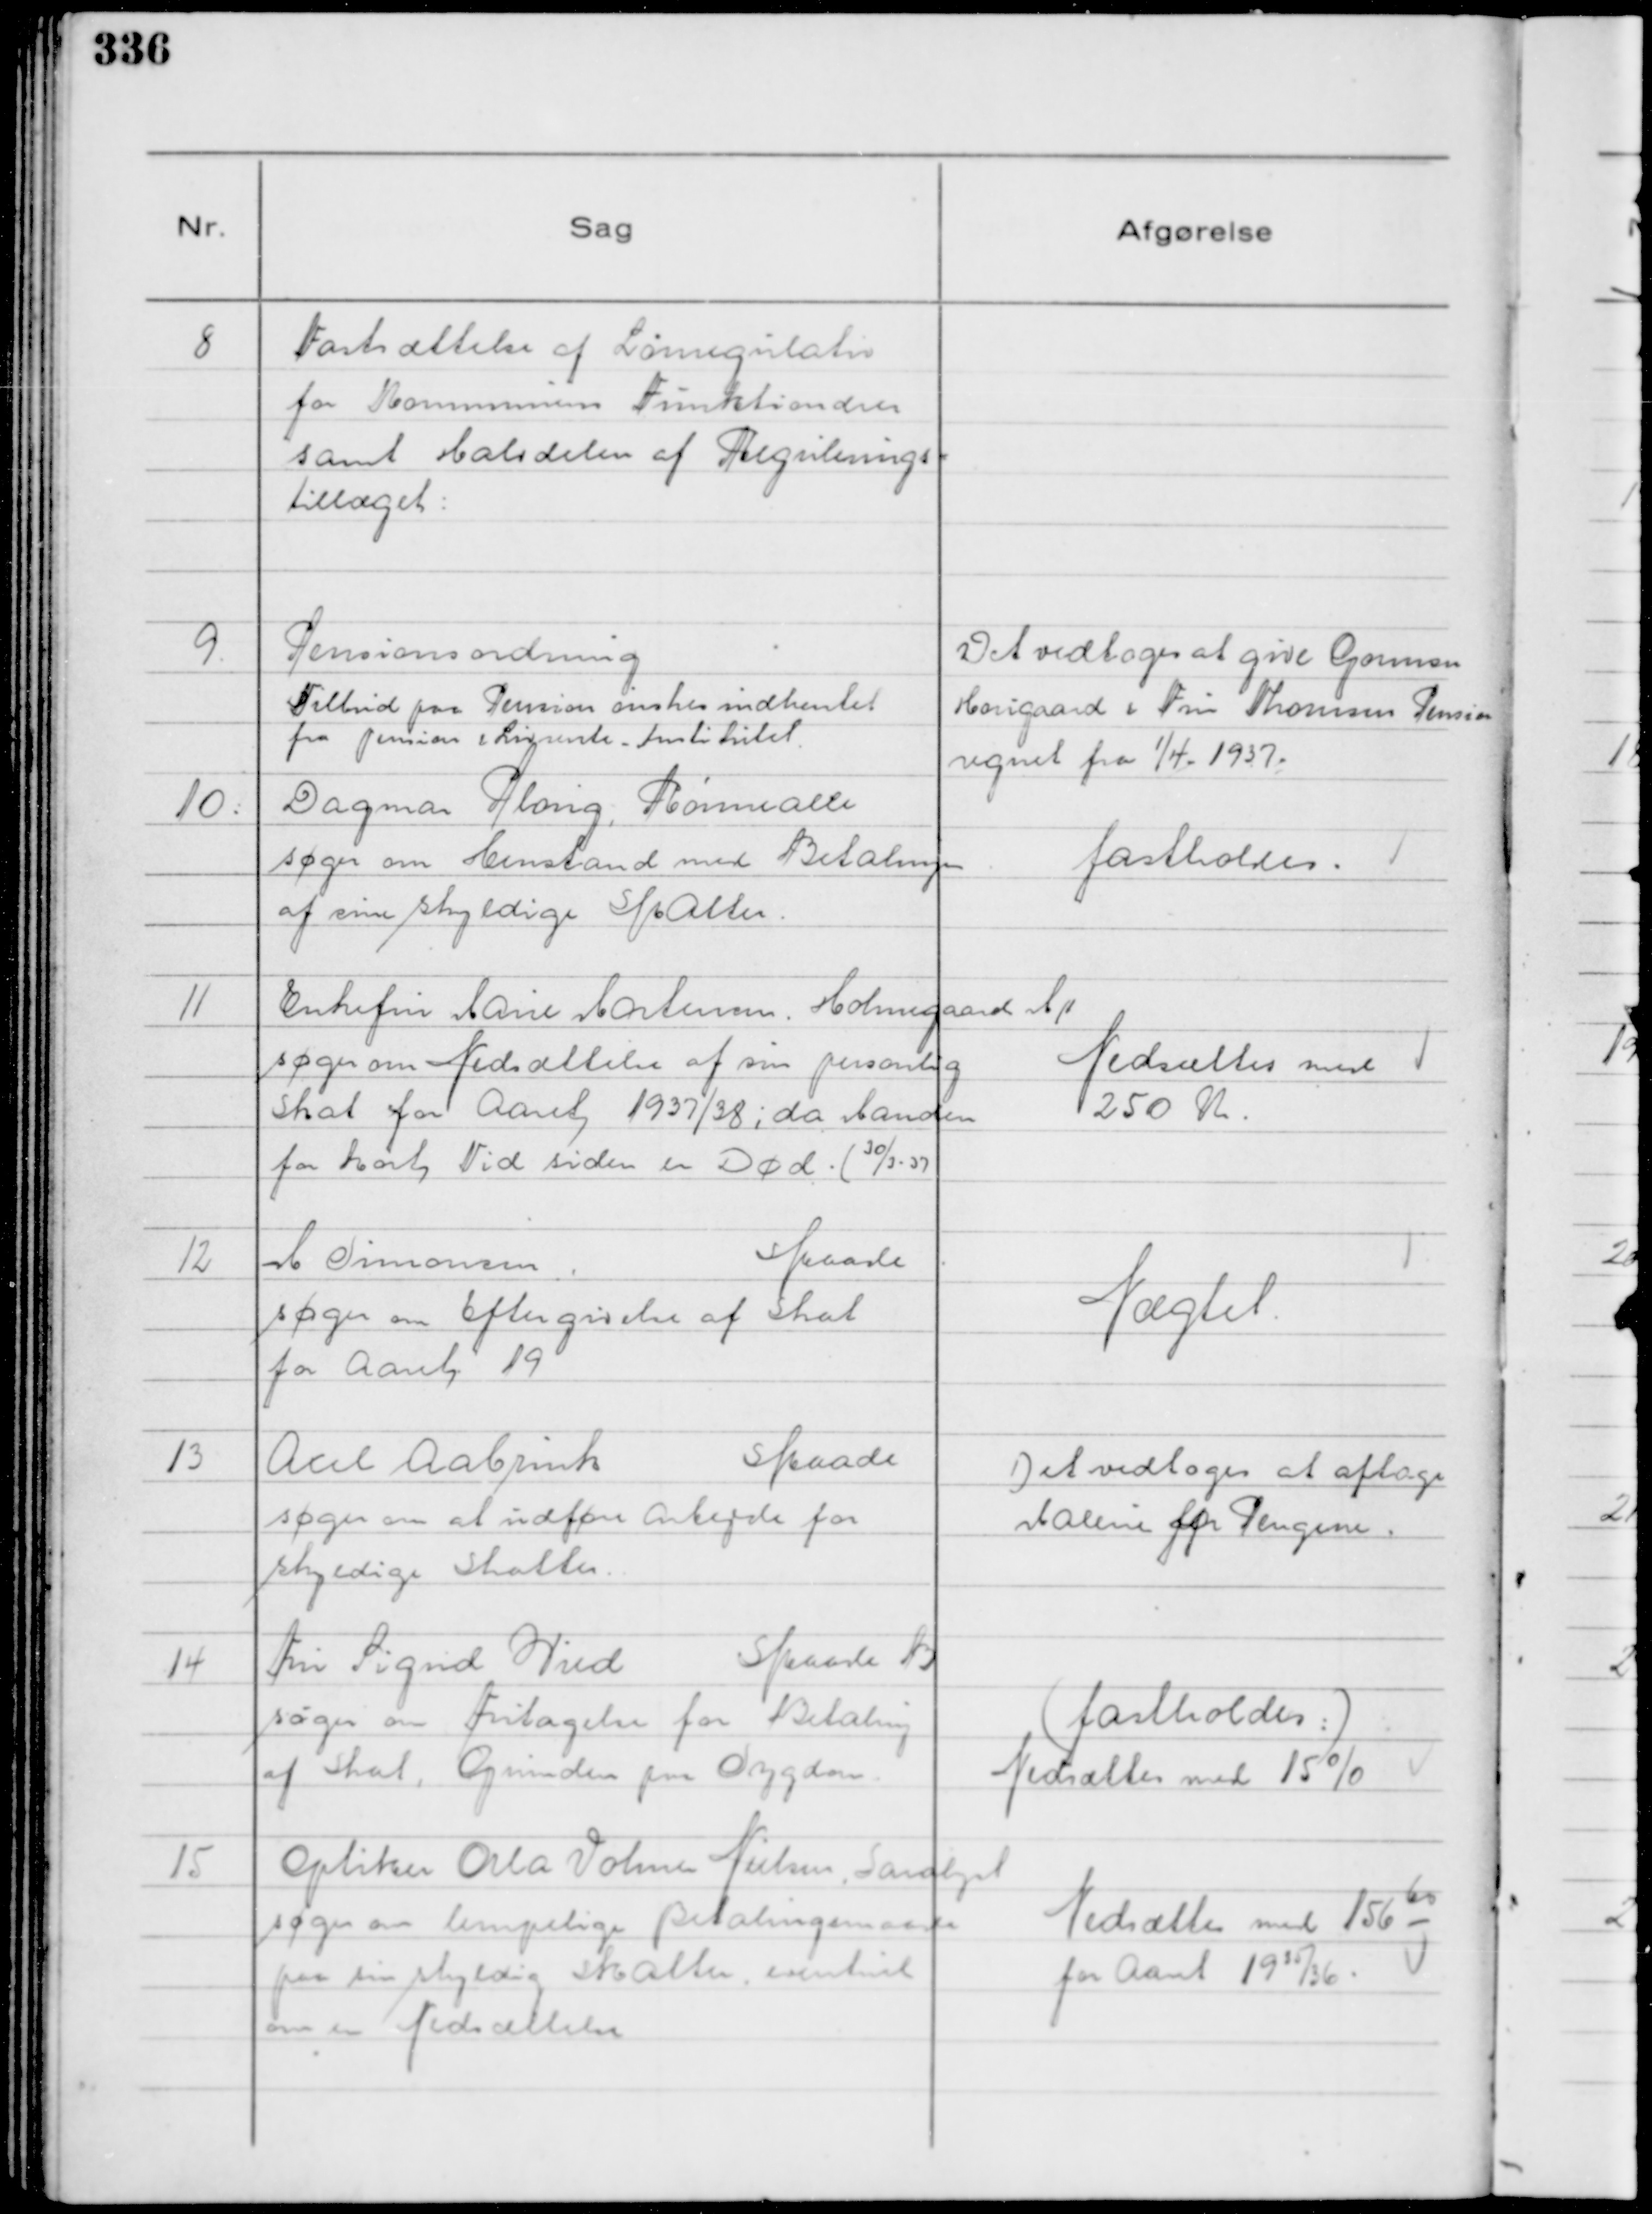
Transskription:
8
Fastsættelse af Lønregulation
for Kommunens Funktionærer
samt Halvdelen af Regulerings-
tillæget:

9.
Pensionsordning
Tilbud paa Pension ønskes indhentet
fra Pension & Livrente - Institutet

Det vedtoges at give Gormsn
Hougaard & Fru Thomsen Pension
regnet fra 1/4 - 1937.

10.
Dagmar Plong, Rønnealle
søger om Henstand med Betalingen
af sine skyldige Skatter.

fastholdes.

11
Enkefru Marie Mortensen. Holmegaard Mp
søger om Nedsættelse af sin personlig
Skat for Aaret 1937/38 ; da Manden
for kort Tid siden er Død. (
30/3 -37

Nedsættes med
250 Kr.

12
M Simonsen.
Skaade
søger om Eftergivelse af Skat
for Aaret 19

Nægtet.

13
Axel Aabrink
Skaade
søger om at udføre Arbejde for
skyldige Skatter.

Det vedtoges at aftage
Maleri for Pengene.

14
Fru Sigrid Wied
Skaade B
søger om Fritagelse for Betaling
af Skat, Grunden paa Sygdom.

( fastholdes: )
Nedsættes med 15%

15
Optiker Orla Volmer Nielsen, Saralyst
søger om lempelige Betalingsmaade
paa sin skyldig Skatter, eventuel
om en Nedsættelse

Nedsættes med 156,60

for Aaret 1935/36